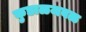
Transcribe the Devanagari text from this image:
कुडाळजवळ